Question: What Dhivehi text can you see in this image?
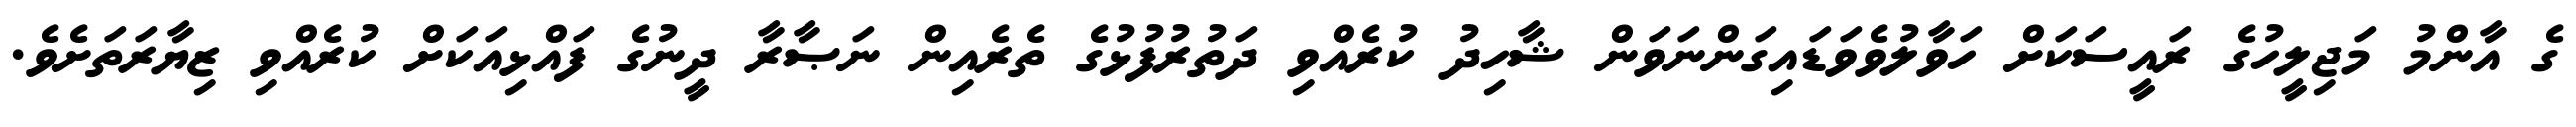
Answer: ގެ އާންމު މަޖިލީހުގެ ރައީސަކަށް ހަވާލުވެވަޑައިގަންނަވަން ޝާހިދު ކުރެއްވި ދަތުރުފުޅުގެ ތެރެއިން ނަޞާރާ ދީނުގެ ފައްޅިއަކަށް ކުރެއްވި ޒިޔާރަތަށެވެ.